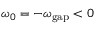
\omega _ { 0 } = - \omega _ { \mathrm { g a p } } < 0